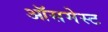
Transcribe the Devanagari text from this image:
ऑसमेस्ट